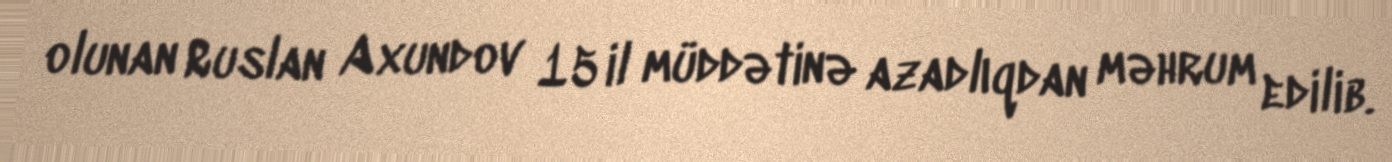
olunan Ruslan Axundov 15 il müddətinə azadlıqdan məhrum edilib.